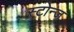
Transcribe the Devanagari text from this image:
स्टोन्ज